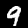
Digit: 9